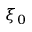
\xi _ { 0 }